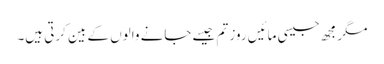
مگر مجھ جیسی مائیں روز تم جیسے جانے والوں کے بین کرتی ہیں۔